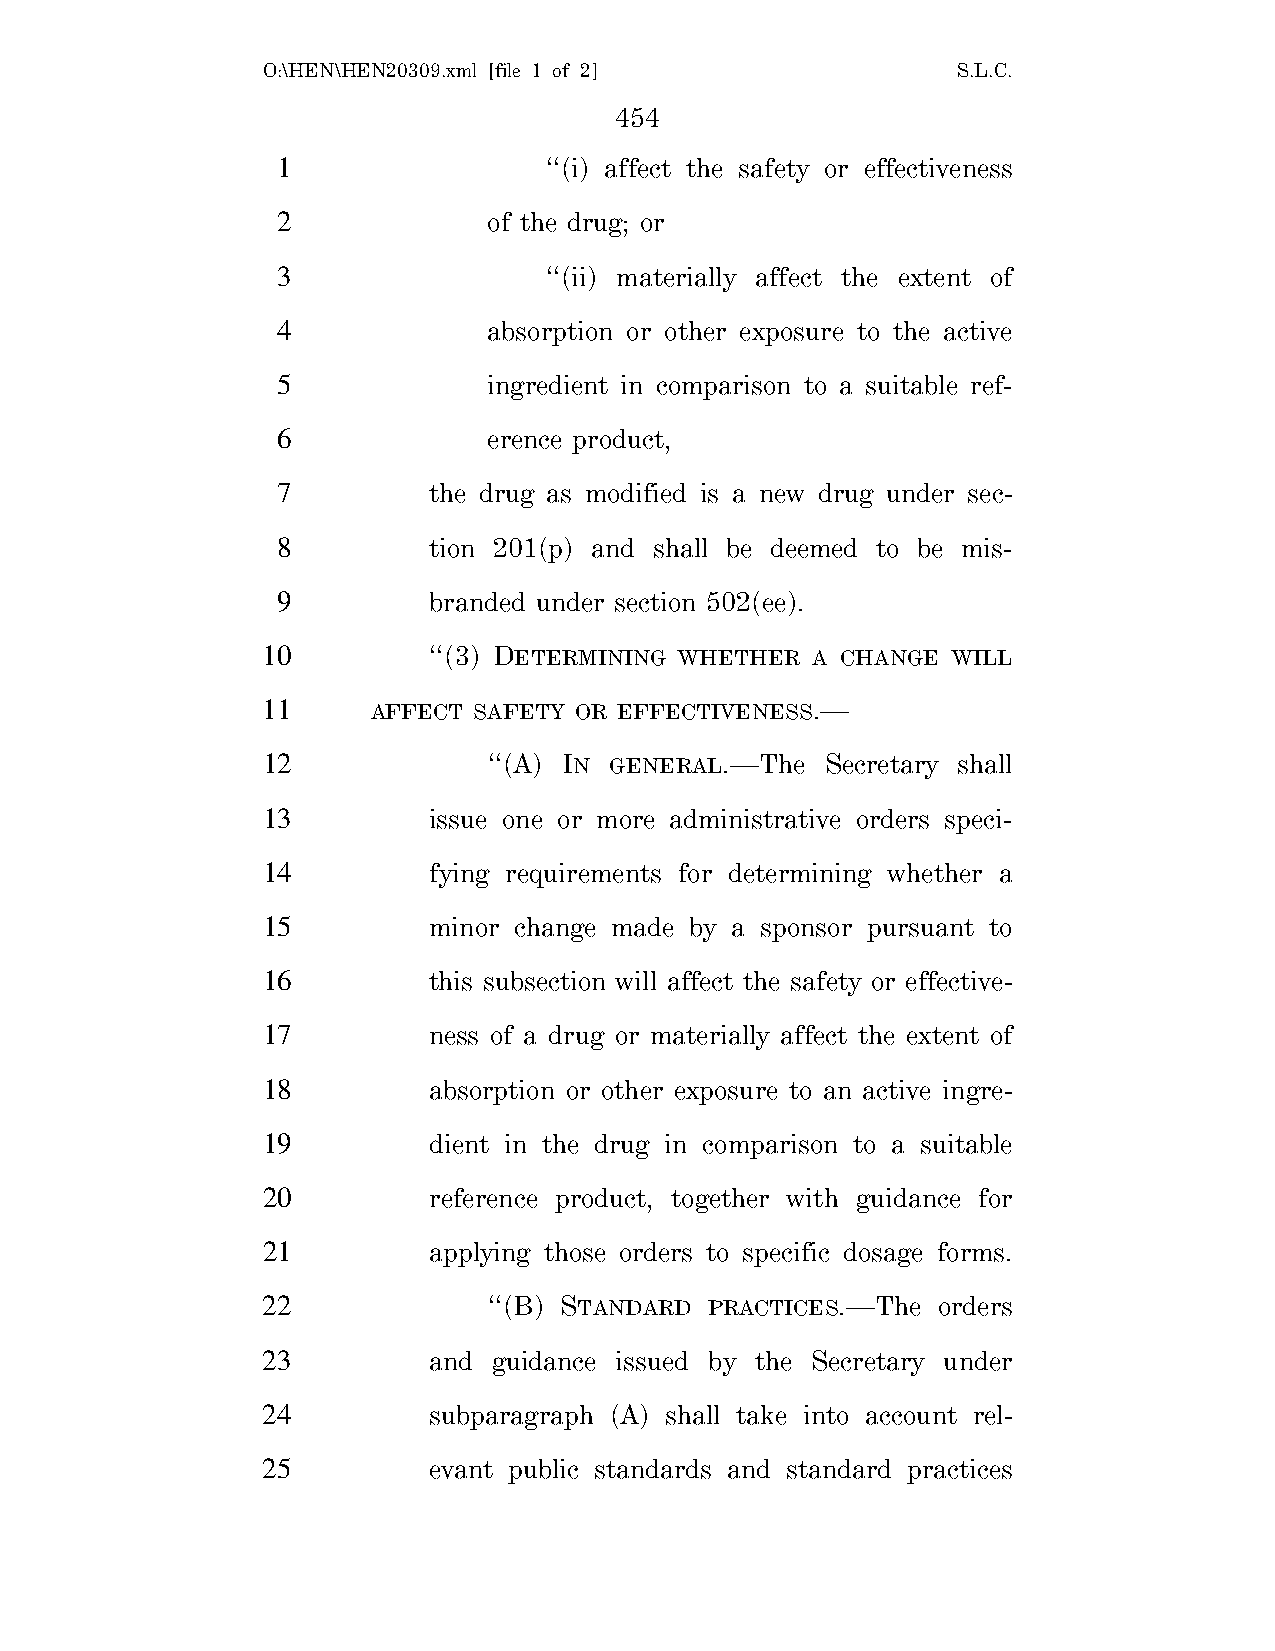
O:\HEN\HEN20309.xml [file 1 of 2]             S.L.C.
 454
 1                 ‘‘(i) affect the safety or effectiveness
 2             of the drug; or
 3                 ‘‘(ii) materially affect the extent of
 4             absorption or other exposure to the active
 5             ingredient in comparison to a suitable ref-
 6             erence product,
 7         the drug as modified is a new drug under sec-
 8         tion 201(p) and shall be deemed to be mis-
 9         branded under section 502(ee).
 10         ‘‘(3) DETERMINING WHETHER A CHANGE WILL
 11      AFFECT SAFETY OR EFFECTIVENESS.—
 12             ‘‘(A) IN GENERAL.—The  Secretary shall
 13         issue one or more administrative orders speci-
 14         fying requirements for determining whether a
 15         minor change made by a sponsor pursuant to
 16         this subsection will affect the safety or effective-
 17         ness of a drug or materially affect the extent of
 18         absorption or other exposure to an active ingre-
 19         dient in the drug in comparison to a suitable
 20         reference product, together with guidance for
 21         applying those orders to specific dosage forms.
 22             ‘‘(B) STANDARD PRACTICES.—The orders
 23         and  guidance issued by the Secretary under
 24         subparagraph (A) shall take into account rel-
 25         evant public standards and standard practices